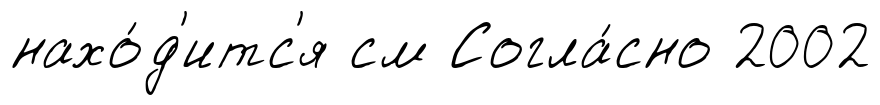
нахо́д'итс'я см Согла́сно 2002